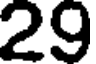
29